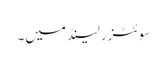
سوئٹزر لینڈ میں۔